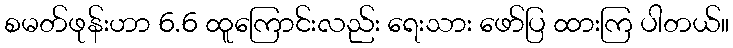
စမတ်ဖုန်းဟာ 6.6 ထူကြောင်းလည်း ရေးသား ဖော်ပြ ထားကြ ပါတယ်။